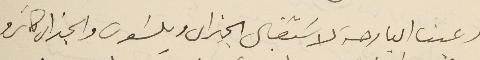
دعينا البارحة لاسَتقبال الجنرال ويلسَون والجنرال كاترو